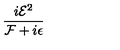
\frac { i { \mathcal { E } } ^ { 2 } } { { \mathcal { F } } + i \epsilon }